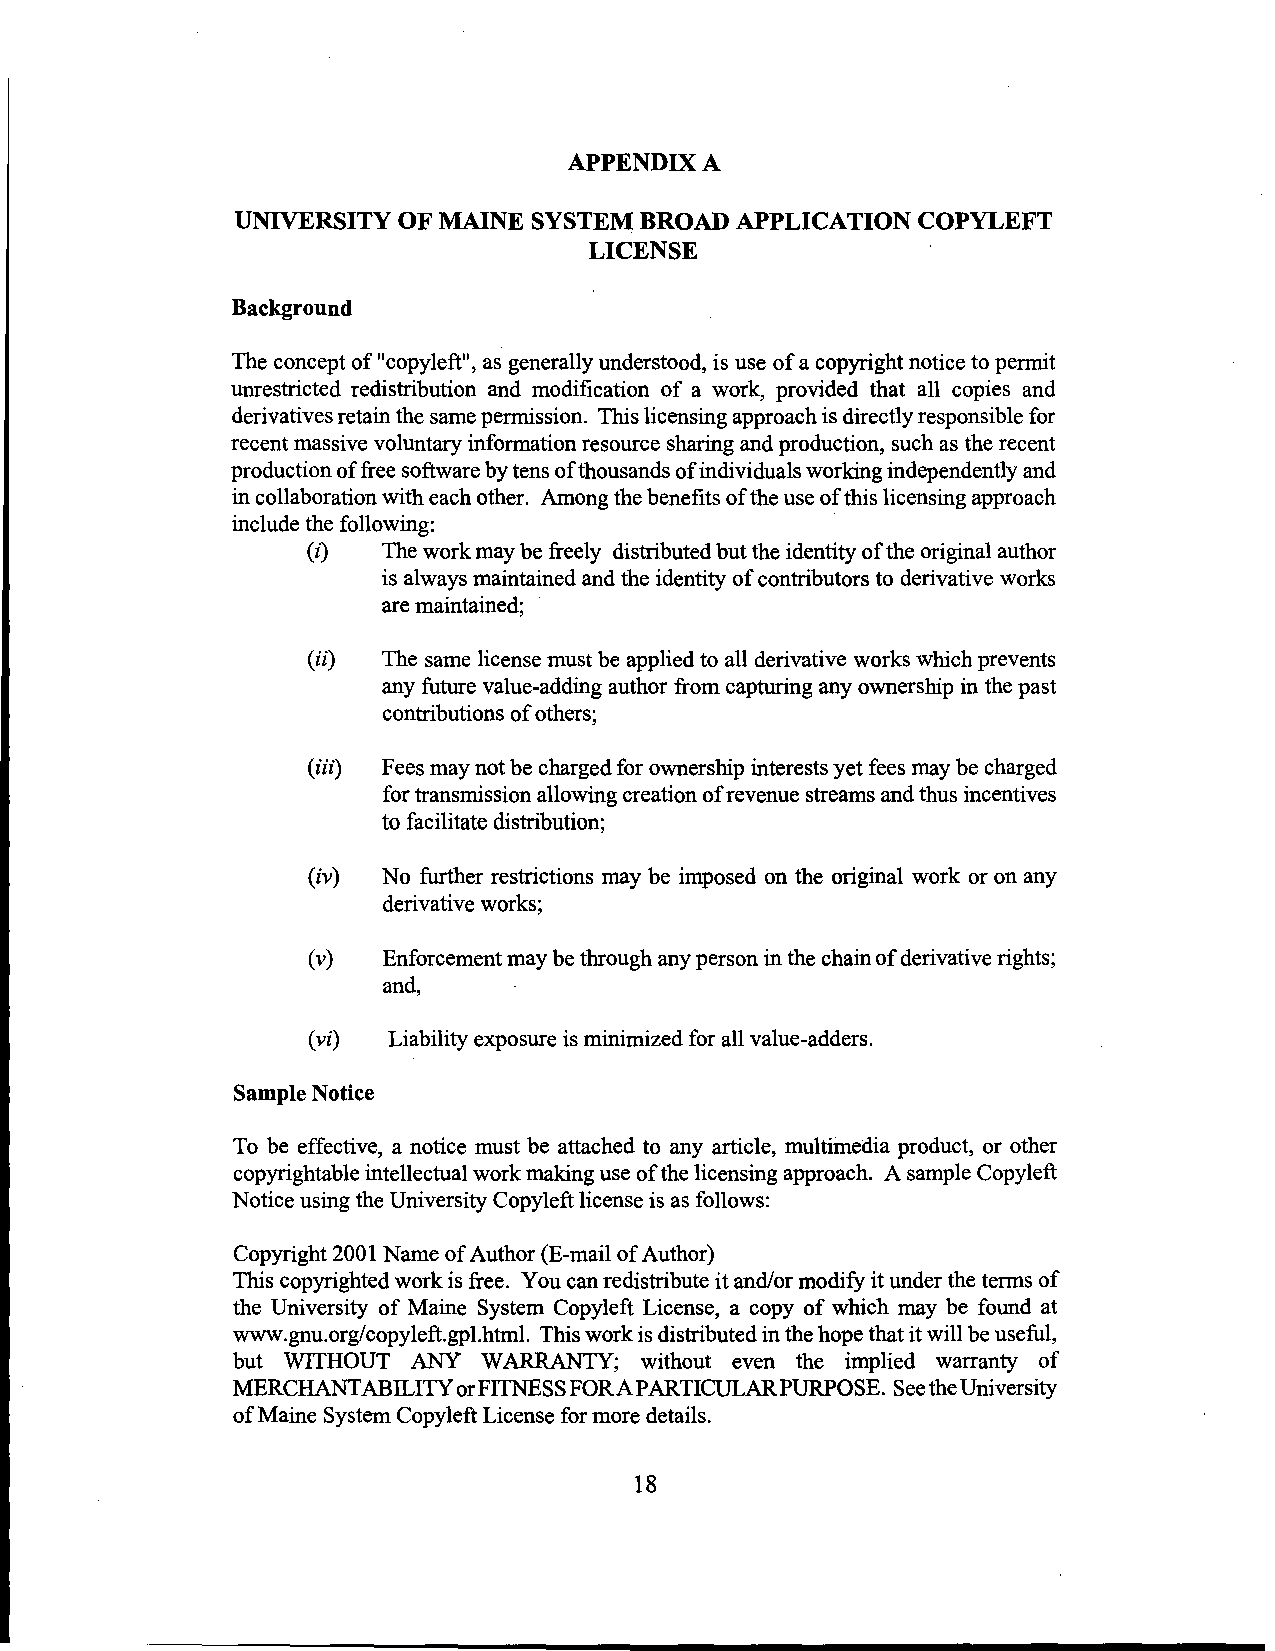
APPENDIX A
 UNIVERSITY OF MAINE SYSTEM BROAD APPLICATION COPYLEFT
 LICENSE
 Background
 The concept of "copyleft", as generally understood, is use of a copyright notice to permit
 unrestricted redistribution and modification of a work, provided that all copies and
 derivatives retain the same permission. This licensing approach is directly responsible for
 recent massive voluntary information resource sharing and production, such as the recent
 production of free software by tens of thousands of individuals working independently and
 in collaboration with each other. Among the benefits of the use of this licensing approach
 include the following:
 (z)  The work may be freely distributed but the identity of the original author
 is always maintained and the identity of contributors to derivative works
 are maintained;
 (ii) The same license must be applied to all derivative works which prevents
 any future value-adding author from capturing any ownership in the past
 contributions of others;
 (iii) Fees may not be charged for ownership interests yet fees may be charged
 for transmission allowing creation of revenue streams and thus incentives
 to facilitate distribution;
 (iv) No further restrictions may be imposed on the original work or on any
 derivative works;
 (v)  Enforcement may be through any person in the chain of derivative rights;
 and,
 (vi)  Liability exposure is minimized for all value-adders.
 Sample Notice
 To be effective, a notice must be attached to any article, multimedia product, or other
 copyrightable intellectual work making use of the licensing approach. A sample Copy left
 Notice using the University Copyleft license is as follows:
 Copyright 2001 Name of Author (E-mail of Author)
 This copyrighted work is free. You can redistribute it and/or modify it under the terms of
 the University of Maine System Copyleft License, a copy of which may be found at
 www.gnu.org/copyleft.gpl.html. This work is distributed in the hope that it will be useful,
 but WITHOUT ANY  WARRANTY; without even the implied warranty of
 MERCHANTABILITY or FITNESS FOR AP ARTICULAR PURPOSE. See the University
 of Maine System Copy left License for more details.
 18